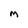
Character: M